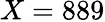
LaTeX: X=889